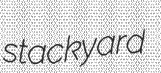
stackyard